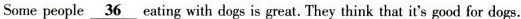
Some people\underline{36}eating with dogs is great. They think that it's good for dogs.